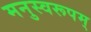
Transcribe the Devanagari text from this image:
मनुस्वरूपम्